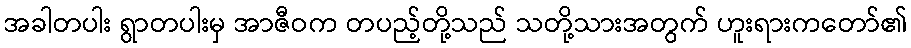
အခါတပါး ရွာတပါးမှ အာဇီဝက တပည့်တို့သည် သတို့သားအတွက် ဟူးရားကတော်၏